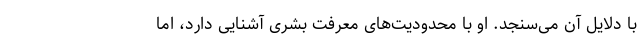
با دلایل آن می‌سنجد. او با محدودیت‌های معرفت بشری آشنایی دارد، اما